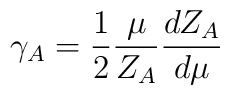
\gamma_A = \frac{1}{2} \frac{\mu}{Z_A} \frac{dZ_A}{d\mu}